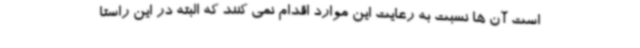
است آن ها نسبت به رعایت این موارد اقدام نمی کنند که البته در این راستا